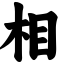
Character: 相